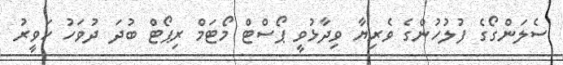
ސެލަންގޯގެ ފުލުހުންގެ ވެރިޔާ ވިދާޅުވީ ޕޯސްޓް މޯޓަމް ރިޕޯޓް ބުދަ ދުވަހު ހަވީރު